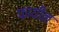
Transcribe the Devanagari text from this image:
फायीन